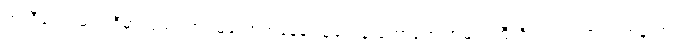
ကူညီပေးရမယ် ဒီမှာလည်း တပ်မတော်အနေနဲ့ လှူခဲ့တန်းခဲ့တာတွေ အများကြီးရှိပါတယ် အရင်တုန်းက